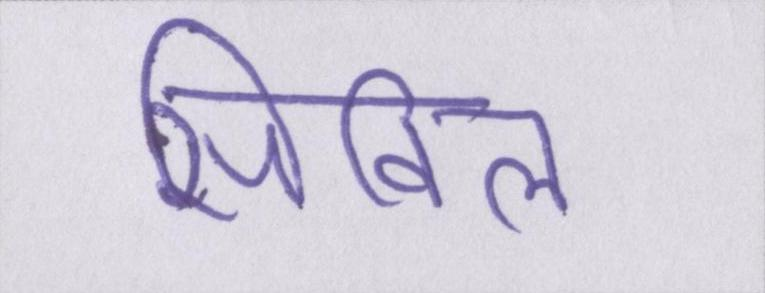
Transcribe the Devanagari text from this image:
सिविल